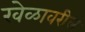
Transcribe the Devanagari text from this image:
खेळावरील